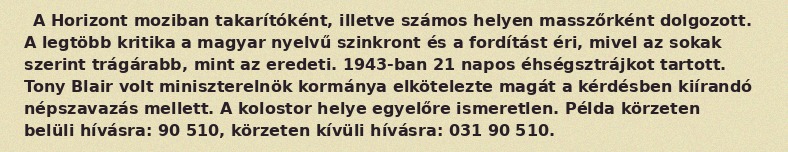
A Horizont moziban takarítóként, illetve számos helyen masszőrként dolgozott. A legtöbb kritika a magyar nyelvű szinkront és a fordítást éri, mivel az sokak szerint trágárabb, mint az eredeti. 1943-ban 21 napos éhségsztrájkot tartott. Tony Blair volt miniszterelnök kormánya elkötelezte magát a kérdésben kiírandó népszavazás mellett. A kolostor helye egyelőre ismeretlen. Példa körzeten belüli hívásra: 90 510, körzeten kívüli hívásra: 031 90 510.